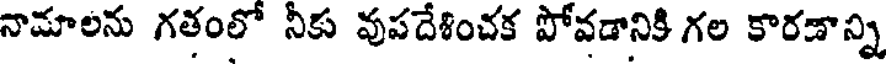
నామాలను గతంలో నీకు వుపదేశించక పోవడానికి గల కారణాన్ని